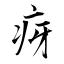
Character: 疨